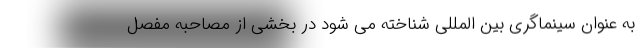
به عنوان سینماگری بین المللی شناخته می شود در بخشی از مصاحبه مفصل